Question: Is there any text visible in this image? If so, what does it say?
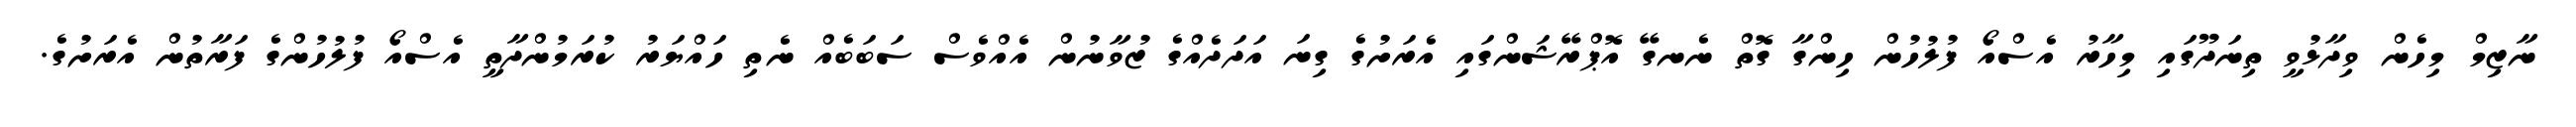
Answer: ނާޒިމް މިހެން ވިދާޅުވީ ތިނަދޫގައި މިހާރު އެސްއޯ ފުލުހުން ހިންގާ ގޮތް ނެނގޭ އޮޕްރޭޝަންގައި އެރަށުގެ ގިނަ އަދަދެއްގެ ޒުވާނުން އެއްވެސް ސަބަބެއް ނެތި ހައްޔަރު ކުރަމުންދާތީ އެސްއޯ ފުލުހުންގެ ފަރާތުން އެރަށުގެ.